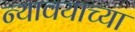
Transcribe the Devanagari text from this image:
न्यावयाच्या